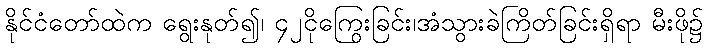
နိုင်ငံတော်ထဲက ရွေးနုတ်၍၊ ၄၂ငိုကြွေးခြင်း၊အံသွားခဲကြိတ်ခြင်းရှိရာ မီးဖို၌